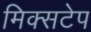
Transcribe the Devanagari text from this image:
मिक्सटेप